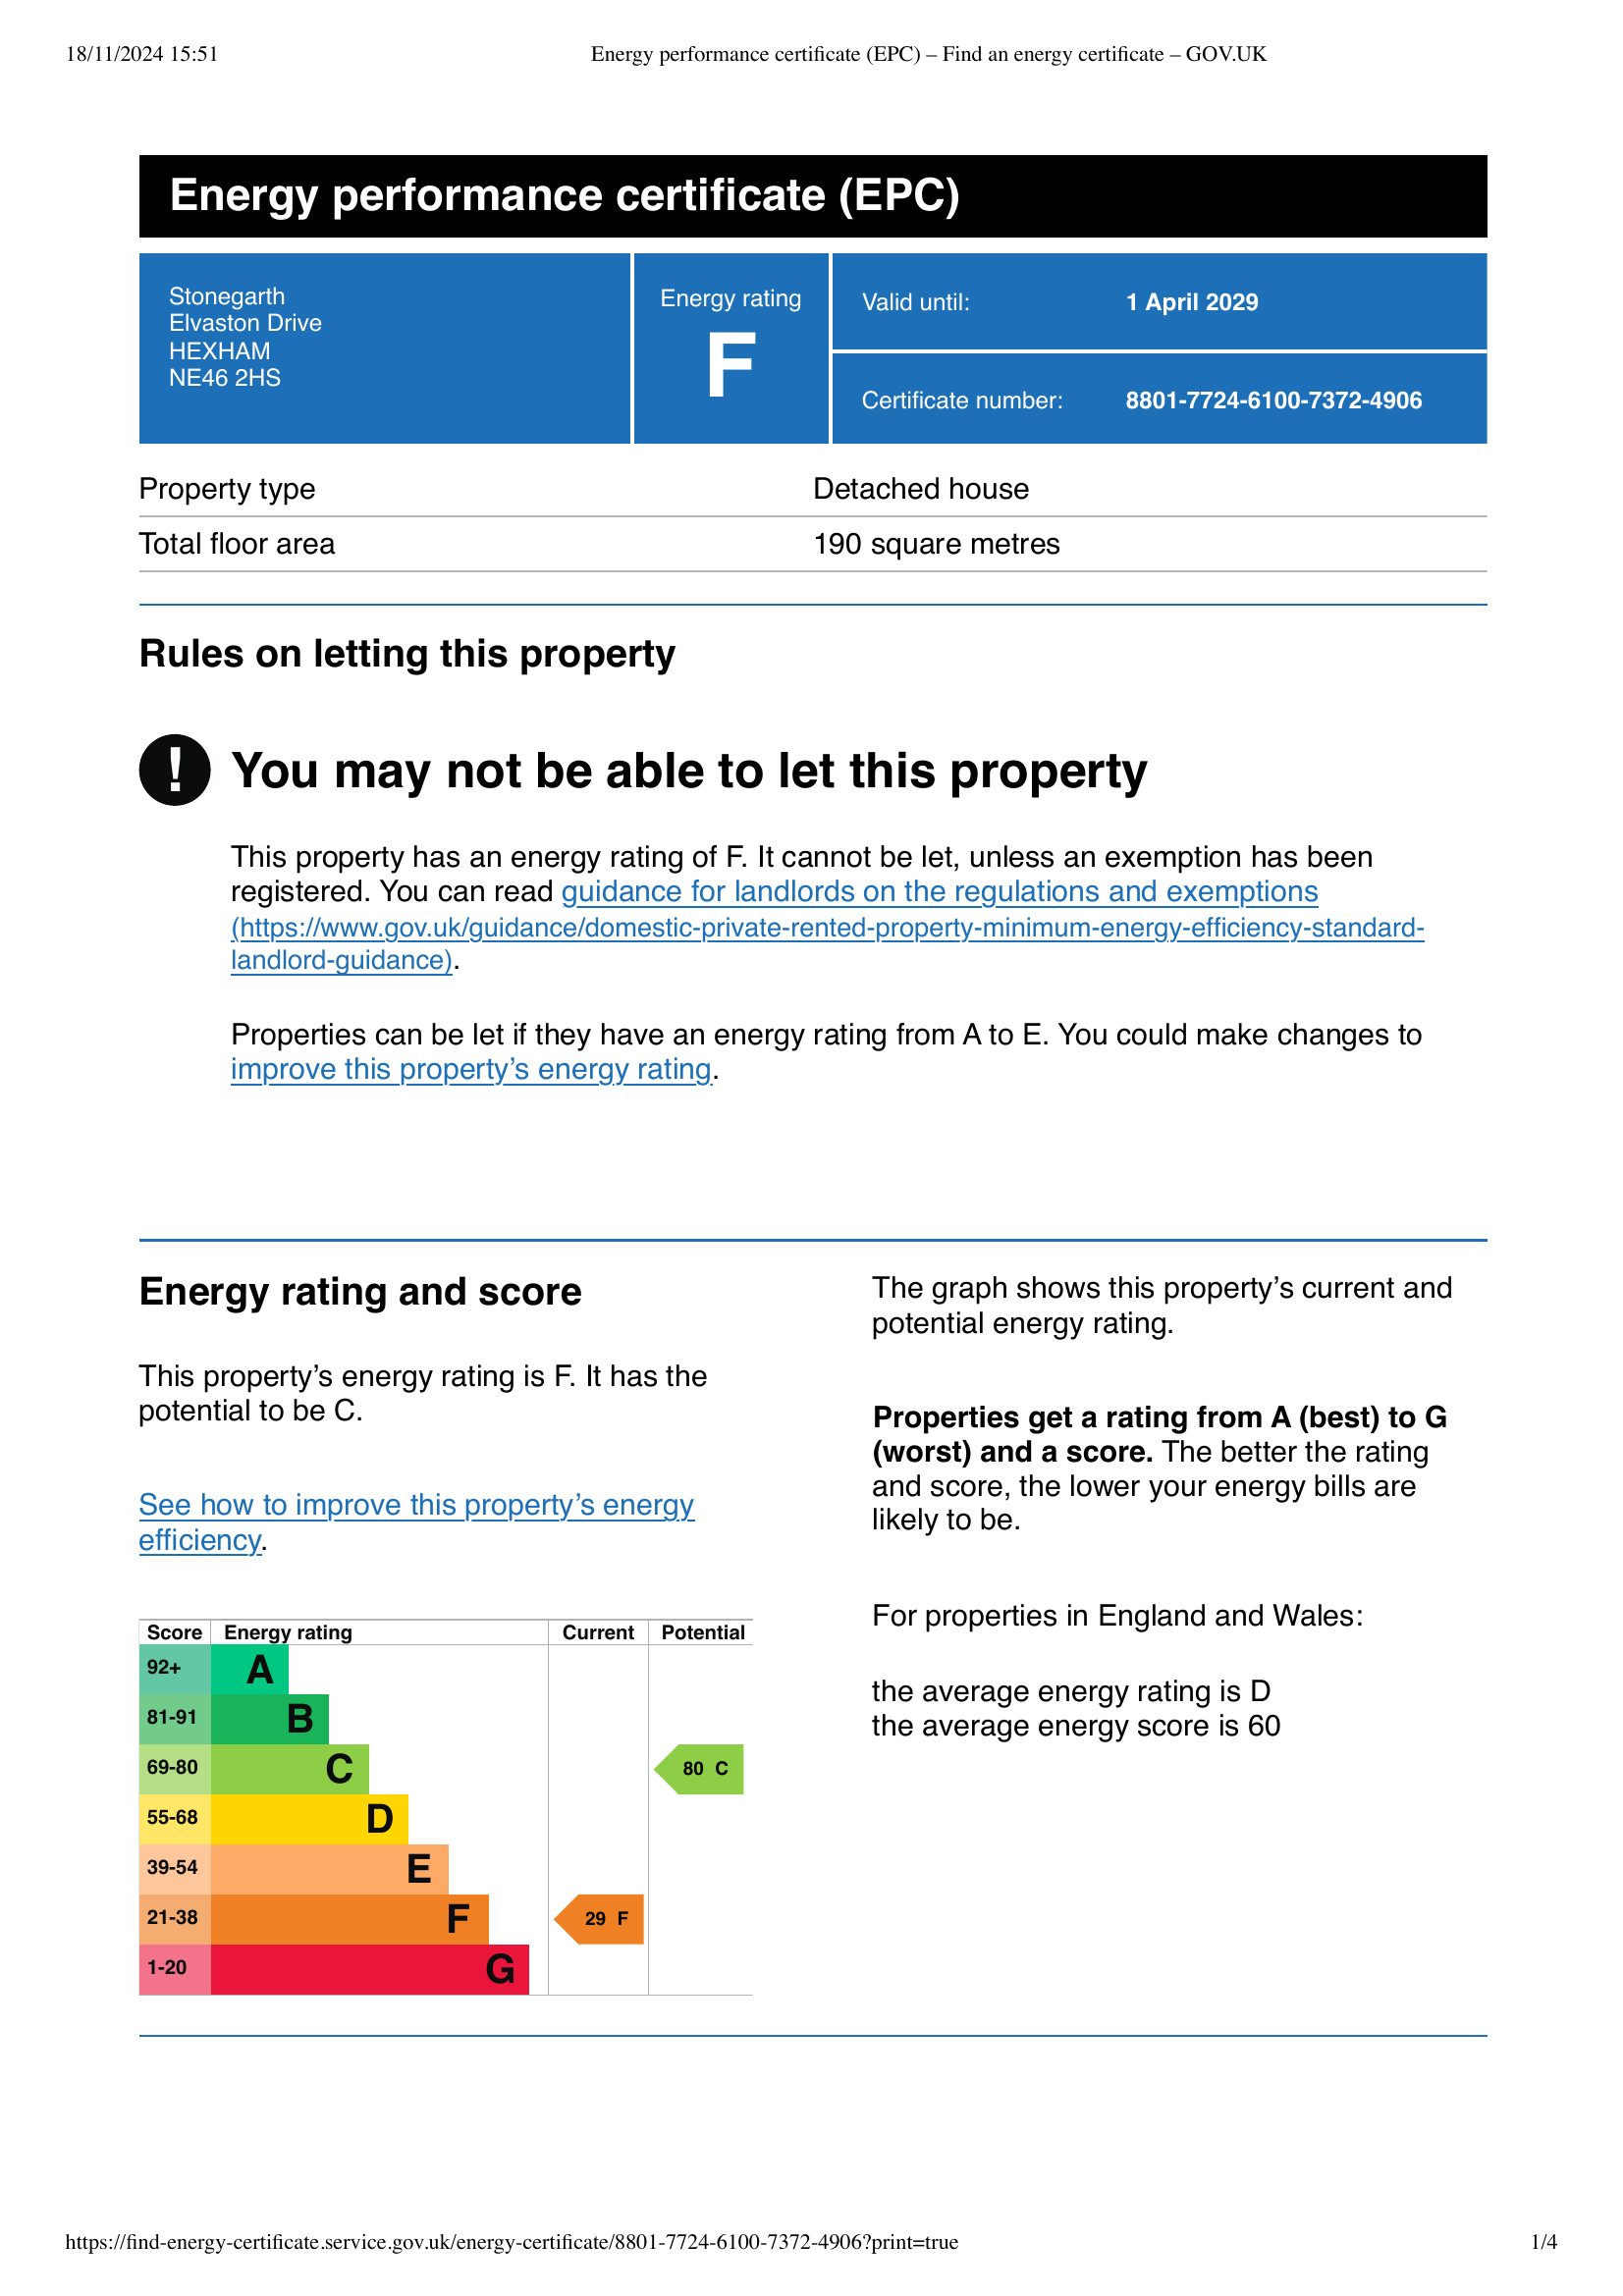
Current energy efficiency rating: F (score 29)
Potential energy efficiency rating: C (score 80)
Current environmental impact (CO2) rating: F (score )
Potential environmental impact (CO2) rating: C (score )